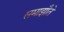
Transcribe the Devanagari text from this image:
समाझौते